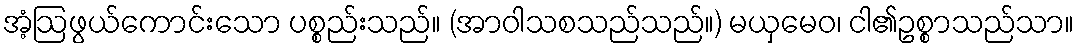
အံ့ဩဖွယ်ကောင်းသော ပစ္စည်းသည်။ (အာဝါသစသည်သည်။) မယှမေဝ၊ ငါ၏ဥစ္စာသည်သာ။